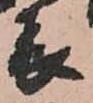
表